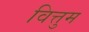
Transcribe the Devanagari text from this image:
वित्तुम